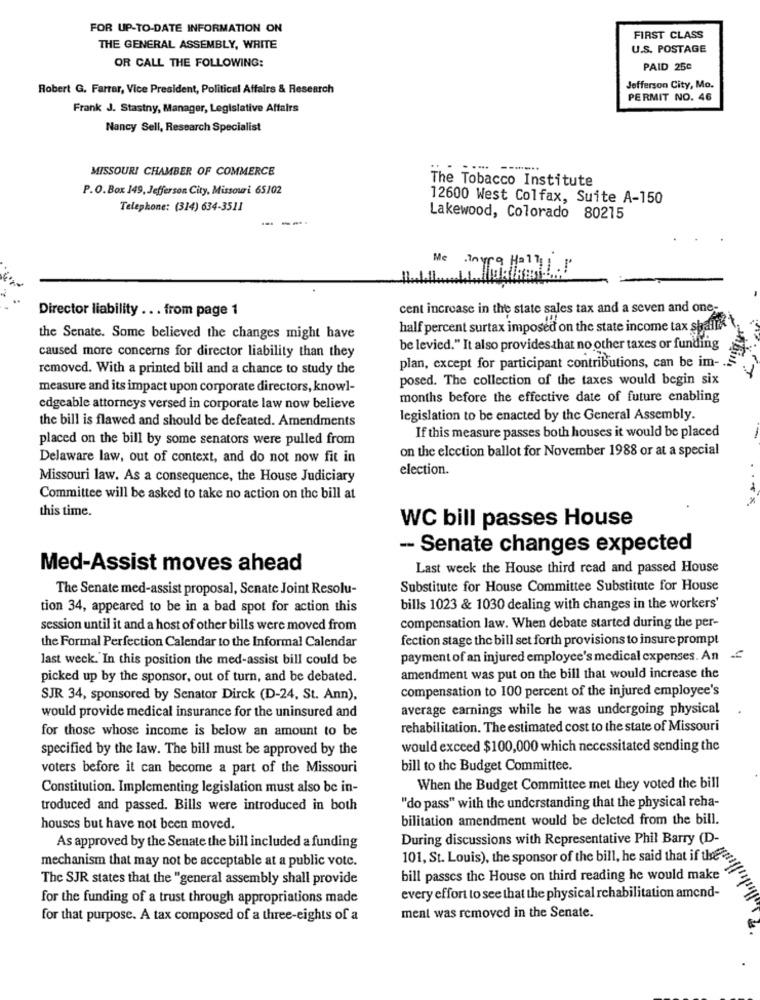
FOR UP-TO-DATE INFORMATION ON
FIRST CLASS
THE GENERAL ASSEMBLY, WRITE
U.S. POSTAGE
OR CALL THE FOLLOWING:
PAID 250
Robert G. Farrar, Vice President, Political Affairs & Research
Jefferson City, Mo.
PERMIT NO. 46
Frank J. Stastny, Manager, Legislative Affairs
Nancy Sell, Research Specialist
MISSOURI CHAMBER OF COMMERCE
The Tobacco Institute
P.O.Box 149, Jefferson City, Missouri 65102
12600 West Colfax, Suite A-150
Telephone: (314) 634-3511
-- ---
Lakewood, Colorado 80215
Me
any
Director liability ... from page 1
cent increase in the state sales tax and a seven and one-
half percent surtax imposed on the state income tax shaiik \
the Senate. Some believed the changes might have
be levied." It also provides that no other taxes or funding
caused more concerns for director liability than they
removed. With a printed bill and a chance to study the
plan, except for participant contributions, can be im- .
posed. The collection of the taxes would begin six
measure and its impact upon corporate directors, knowl-
months before the effective date of future enabling
edgeable attorneys versed in corporate law now believe
the bill is flawed and should be defeated. Amendments
legislation to be enacted by the General Assembly.
If this measure passes both houses it would be placed
placed on the bill by some senators were pulled from
on the election ballot for November 1988 or at a special
Delaware law, out of context, and do not now fit in
election.
Missouri law. As a consequence, the House Judiciary
Committee will be asked to take no action on the bill at
this time.
WC bill passes House
- Senate changes expected
Med-Assist moves ahead
Last week the House third read and passed House
The Senate med-assist proposal, Senate Joint Resolu-
Substitute for House Committee Substitute for House
tion 34, appeared to be in a bad spot for action this
bills 1023 & 1030 dealing with changes in the workers'
session until it and a host of other bills were moved from
compensation law. When debate started during the per-
the Formal Perfection Calendar to the Informal Calendar
fection stage the bill set forth provisions to insure prompt
last week.'In this position the med-assist bill could be
payment of an injured employee's medical expenses. An
picked up by the sponsor, out of turn, and be debated.
amendment was put on the bill that would increase the
compensation to 100 percent of the injured employee's
SJR 34, sponsored by Senator Dirck (D-24, St. Ann),
average earnings while he was undergoing physical
would provide medical insurance for the uninsured and
rehabilitation. The estimated cost to the state of Missouri
for those whose income is below an amount to be
specified by the law. The bill must be approved by the
would exceed $100,000 which necessitated sending the
voters before it can become a part of the Missouri
bill to the Budget Committee.
Constitution. Implementing legislation must also be in-
When the Budget Committee met they voted the bill
troduced and passed. Bills were introduced in both
"do pass" with the understanding that the physical reha-
bilitation amendment would be deleted from the bill.
houses but have not been moved.
During discussions with Representative Phil Barry (D-
As approved by the Senate the bill included a funding
mechanism that may not be acceptable at a public vote.
101, St. Louis), the sponsor of the bill, he said that if there's
The SJR states that the "general assembly shall provide
bill passes the House on third reading he would make
for the funding of a trust through appropriations made
every effort to see that the physical rehabilitation amend-
for that purpose. A tax composed of a three-eights of a
ment was removed in the Senate.